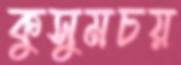
কুসুমচয়